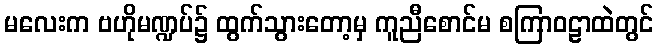
မလေးက ဗဟိုမဏ္ဍပ်၌ ထွက်သွားတော့မှ ကူညီစောင်မ စကြာဝဠာထဲတွင်